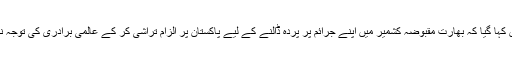
اعلامیے میں کہا گیا کہ بھارت مقبوضہ کشمیر میں اپنے جرائم پر پردہ ڈالنے کے لیے پاکستان پر الزام تراشی کر کے عالمی برادری کی توجہ نہیں ہٹا سکتا۔